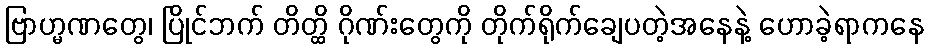
ဗြာဟ္မဏတွေ၊ ပြိုင်ဘက် တိတ္ထိ ဂိုဏ်းတွေကို တိုက်ရိုက်ချေပတဲ့အနေနဲ့ ဟောခဲ့ရာကနေ